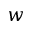
w